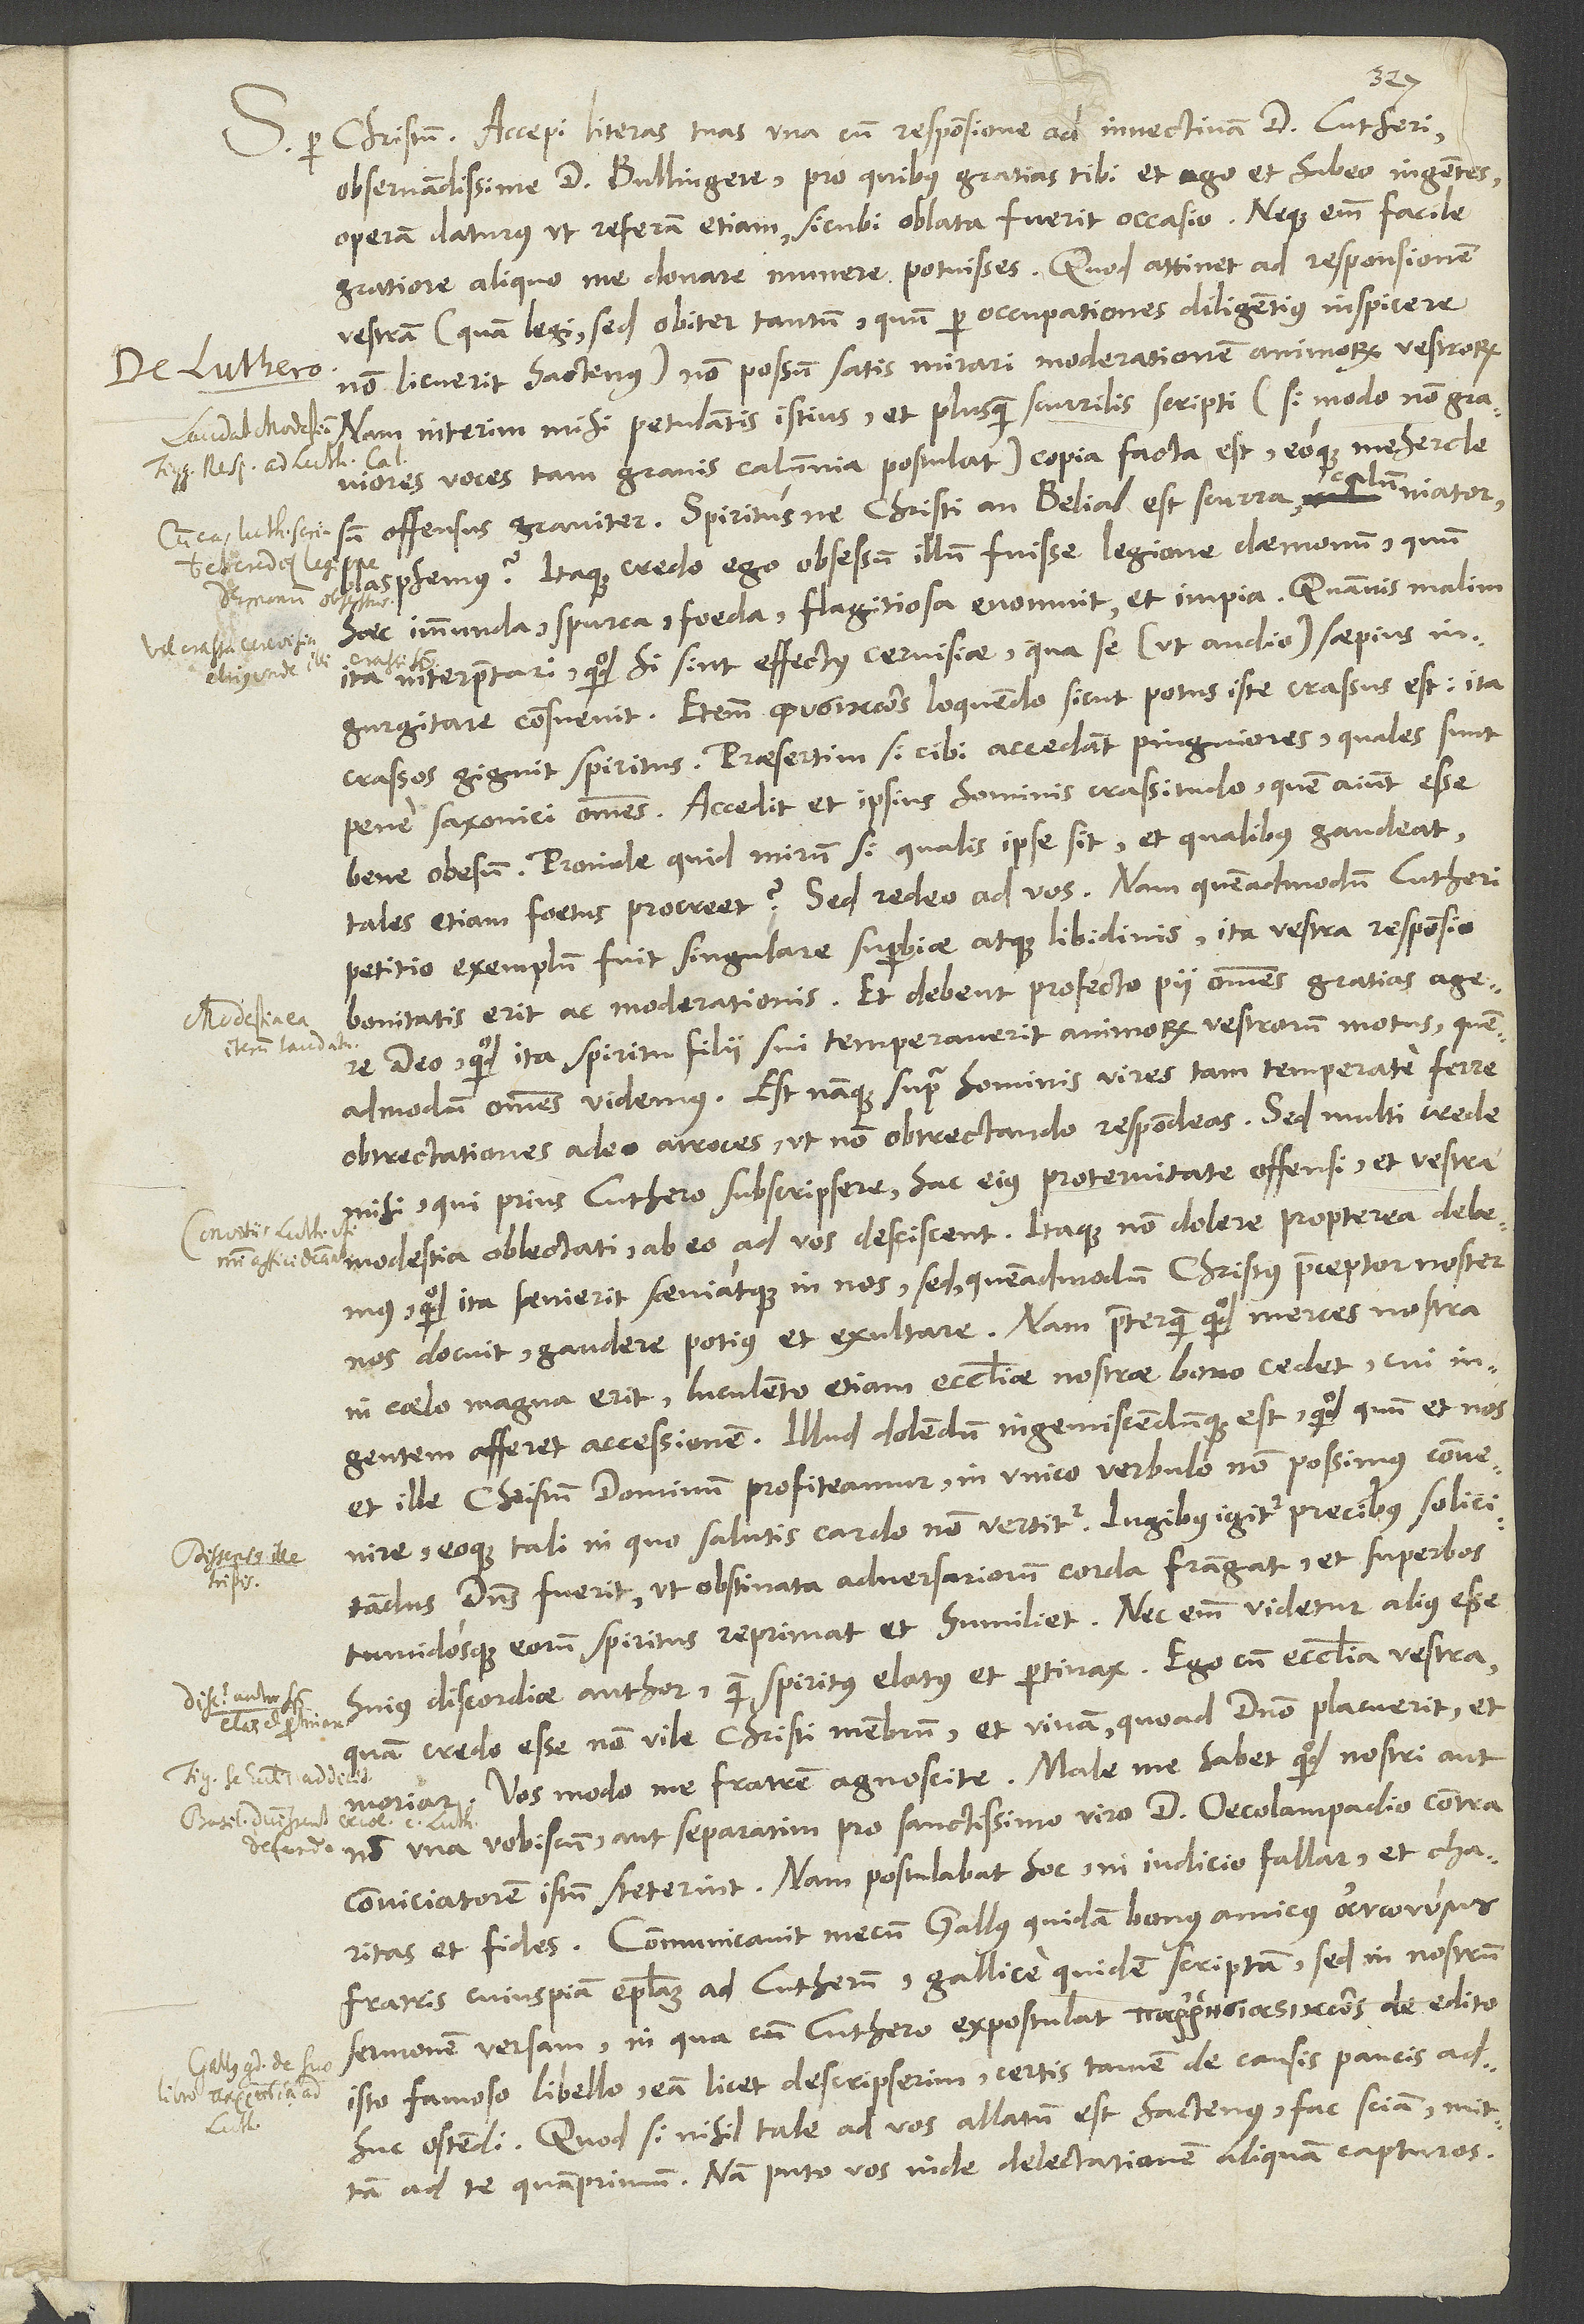
1545.
per Christum. Accepi literas tuas una cum Responsione ad invectivam d. Lutheri,
observandissime d. Bullingere, pro quibus gratias tibi et ago et habeo ingentes,
operam daturus, ut referam etiam, sicubi oblata fuerit occasio. Neque enim facile
gratiore aliquo me donare munere potuisses. Quod attinet ad Responsionem
vestram (quam legi, sed obiter tantum, quum per occupationes diligentius inspicere
non licuerit hactenus), non possum satis mirari moderationem animorum vestrorum.
Nam interim mihi petulantis istius et plusquam scurrilis scripti (si modo non graviores
voces tam gravis calumnia postulat) copia facta est, eoque mehercle
sum offensus graviter. Spiritusne Christi an Belial est scurra, calumniator,
blasphemus? Itaque credo ego obsessum illum fuisse legione daemonum, quum
haec immunda, spurca, foeda, flagitiosa evomuit et impia, quamvis malim
ita interpretari, quod hi sint effectus cervisiae, qua se (ut audio) saepius
ingurgitare consuevit. Etenim loquendo, sicut potus iste crassus est, ita
crassos gignit spiritus, praesertim si cibi accedant pinguiores, quales sunt
pene Saxonici omnes. Accedit et ipsius hominis crassitudo, quem aiunt esse
bene obesum. Proinde quid mirum, si, qualis ipse sit et qualibus gaudeat,
tales etiam foetus procreet? Sed redeo ad vos; nam quemadmodum Lutheri
petitio exemplum fuit singulare superbiae atque libidinis, ita vestra Responsio
bonitatis erit ac moderationis. Et debent profecto pii omnes gratias agere
deo, quod ita spiritu filii sui temperaverit animorum vestrorum motus, quemadmodum
obtrectationes adeo atroces, ut non obtrectando respondeas. Sed multi, crede
mihi, qui prius Luthero subscripsere, hac eius protervitate offensi et vestra
modestia oblectati ab eo ad vos desciscent. Itaque non dolere propterea debemus,
quod ita saevierit saeviatque in nos, sed, quemadmodum Christus praeceptor noster
nos docuit, gaudere potius et exultare. Nam praeterquam quod merces nostra
in coelo magna erit, luculento etiam ecclesiae nostrae bono cedet, cui
afferet accensionem. Illud dolendum ingemiscendumque est, quod, quum et nos
et ille Christum dominum profiteamur, in unico verbulo non possimus convenire
eoque tali, in quo salutis cardo non vertitur. Iugibus igitur precibus solicitandus
dominus fuerit, ut obstinata adversariorum corda frangat et superbos
tumidosque eorum spiritus reprimat et humiliet. Nec enim videtur alius esse
huius discordiae author quam spiritus elatus et pertinax. Ego cum ecclesia vestra,
quam credo esse non vile Christi membrum, et vivam, quoad domino placuerit, et
moriar; vos modo me fratrem agnoscite. Male me habet, quod nostri aut
non una vobiscum aut separatim pro sanctissimo viro d. Oecolampadio contra
conviciatorem istum steterint; nam postulabat hoc, ni iudicio fallar, et charitas
et fides. Communicavit mecum Gallus quidam, bonus amicus,
fratris cuiuspiam epistolam ad Lutherum, Gallice quidem scriptam, sed in nostrum
sermonem versam, in qua cum Luthero expostulat de edito
isto famoso libello; eam licet descripserim, certis tamen de causis paucis
adhuc ostendi. Quodsi nihil tale ad vos allatum est hactenus, fac, sciam; mittam
ad te quam primum. Nam puto vos inde delectationem aliquam capturos.